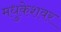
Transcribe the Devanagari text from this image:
मधुकेशवर